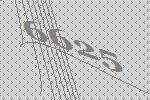
6625